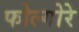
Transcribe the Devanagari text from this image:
फोल्गोरे